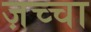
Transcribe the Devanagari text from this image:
ज़च्चा